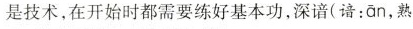
是技术，在开始时都需要练好基本功，深谙(谙：an，熟